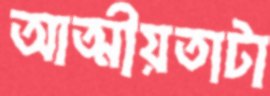
আত্মীয়তাটা